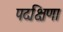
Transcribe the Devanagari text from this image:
पदक्षिणा